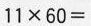
$$1 1 \times 6 0 =$$